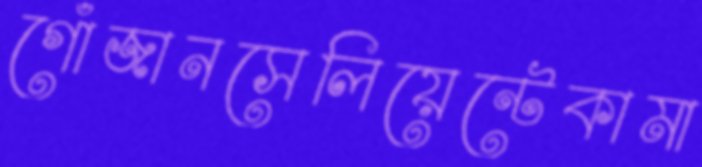
গোঁজানসেলিয়েন্টেকামা